Scottish Leaving Certificate Examination, 1960
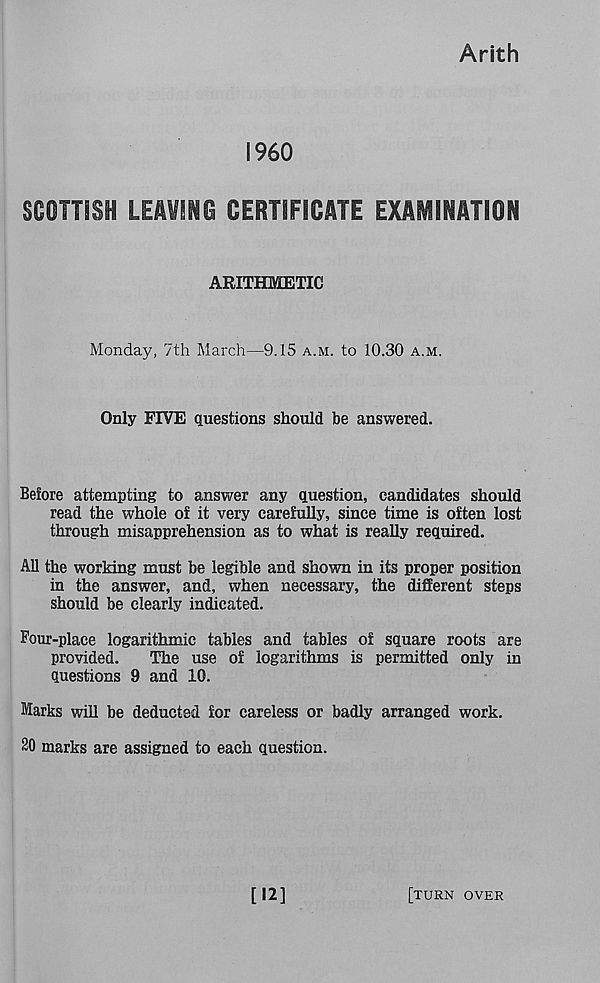
Arith
I960
SOOTTSSH LEM! 10 CERTIFICATE EXAMINATION
ARITHMETIC
Monday, 7th March—9.15 a.m. to 10.30 a.m.
Only FIVE questions should be answered.
Before attempting to answer any question, candidates should
read the whole of it very carefully, since time is often lost
through misapprehension as to what is really required.
All the working must be legible and shown in its proper position
in the answer, and, when necessary, the different steps
should be clearly indicated.
Pour-place logarithmic tables and tables of square roots are
provided.
The use of logarithms is permitted only in
questions 9 and 10.
Marks will be deducted for careless or badly arranged work.
20 marks are assigned to each question.
[12]
[turn over